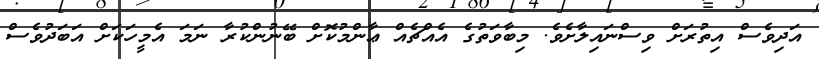
އަދިވެސް އިތުރަށް ވިސްނައިލާށެވެ. މިބާވަތުގެ އެއްޗެއް ޢާންމުކޮށް ބޭނުންކުރާ ނަމަ އެމީހަކަށް އަބަދުވެސް